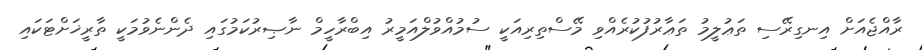
ރާއްޖެއަށް އިނގިރޭސި ތަޢުލީމު ތަޢާރުފުކުރެއްވި މޭސްތިރިއަކީ ސުމުއްވުލްއަމީރު އިބްރާހީމް ނާޞިރުކަމުގައި ދެންނެވުމަކީ ތާރީޚަށްޓަކައި